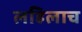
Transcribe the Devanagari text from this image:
लहिलाच